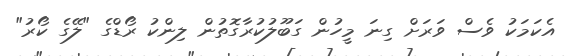
އެކަމަކު ވެސް ވަރަށް ގިނަ މީހުން ގަބޫލުކުރާގޮތުން ލިންކު ރޯޑްގެ "ލޭގެ ކޯރު"